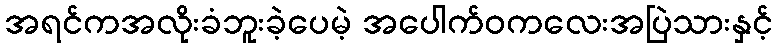
အရင်ကအလိုးခံဘူးခဲ့ပေမဲ့ အပေါက်ဝကလေးအပြဲသားနှင့်